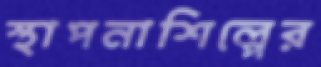
স্থাপনাশিল্পের